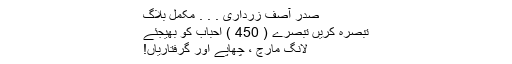
صدر آصف زرداری . . . مکمل بلاگ
تبصرہ کریں تبصرے ( 450 ) احباب کو بھیجئے
لانگ مارچ ، چھاپے اور گرفتاریاں!